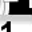
Digit: 1